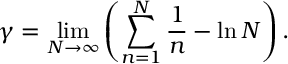
\gamma = \operatorname * { l i m } _ { N \to \infty } \left( \sum _ { n = 1 } ^ { N } \frac { 1 } { n } - \ln N \right) .